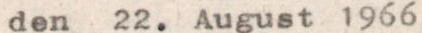
den 22. August 1966